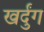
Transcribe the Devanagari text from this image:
खर्दुंग